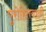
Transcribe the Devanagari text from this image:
पुरोहितवाली